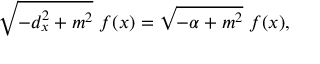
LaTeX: \sqrt { - d _ { x } ^ { 2 } + m ^ { 2 } } \ f ( x ) = \sqrt { - \alpha + m ^ { 2 } } \ f ( x ) ,